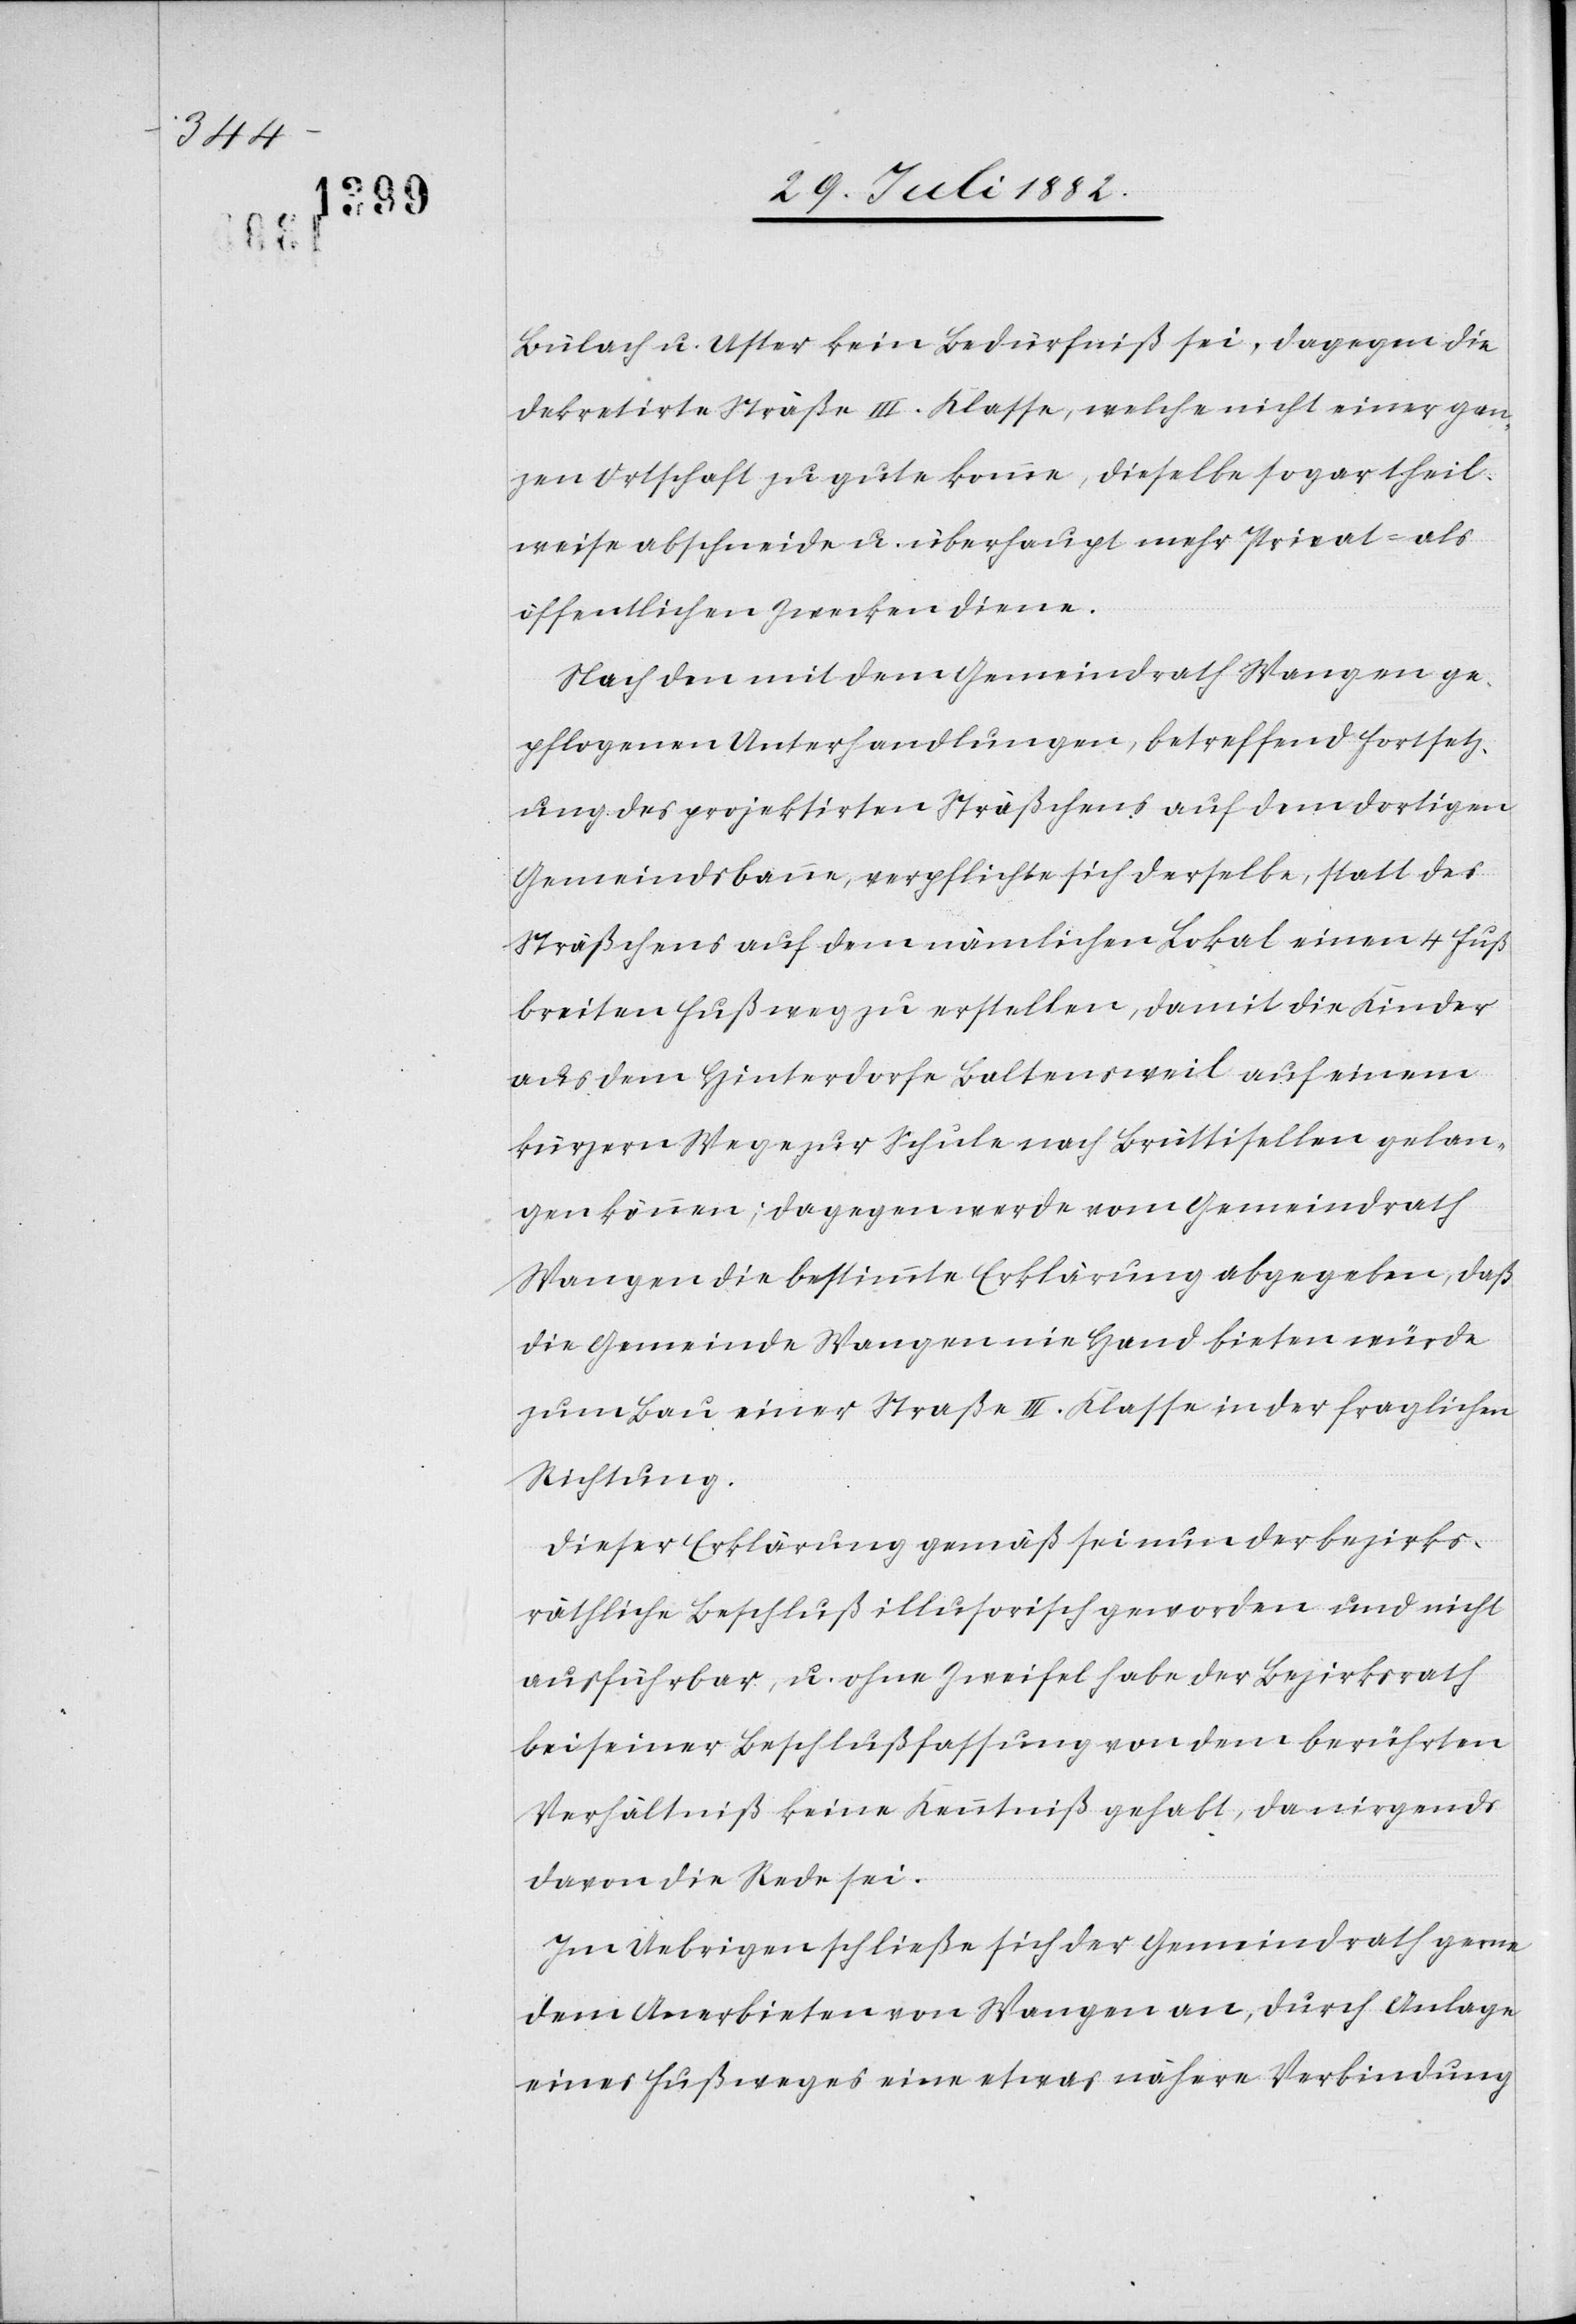
Bülach u. Uster kein Bedürfniß sei, dagegen die
dekretirte Straße III. Klasse, welche nicht einer gan¬
zen Ortschaft zu gute komme, dieselbe sogar theil¬
weise abschneiden u. überhaupt mehr Privat- als
öffentlichen Zwecken diene.
Nach den mit dem Gemeindrath Wangen ge¬
pflogenen Unterhandlungen, betreffend Fortsetz¬
ung des projektirten Sträßchens auf dem dortigen
Gemeindsbanne, verpflichtet sich derselbe, statt des
Sträßchens auf dem nämlichen Lokal einen 4 Fuß
breiten Fußweg zu erstellen, damit die Kinder
aus dem Hinterdorfe Baltensweil auf einem
kürzern Wege zur Schule nach Brüttisellen gelan¬
gen können; dagegen werde vom Gemeindrath
Wangen die bestimmte Erklärung abgegeben, daß
die Gemeinde Wangen nie Hand bieten würde
zum Bau einer Straße III. Klasse in der fraglichen
Richtung.
Dieser Erklärung gemäß sei nun der bezirks¬
räthliche Beschluß illusorisch geworden und nicht
ausführbar, u. ohne Zweifel habe der Bezirksrath
bei seiner Beschlußfassung von dem berührten
Verhältniß keine Kenntniß gehabt, da nirgends
davon die Rede sei.
Im Uebrigen schließe sich der Gemeindrath gerne
dem Anerbieten von Wangen an, durch Anlage
eines Fußweges eine etwas nähere Verbindung